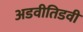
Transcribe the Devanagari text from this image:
अडवीतिडवी